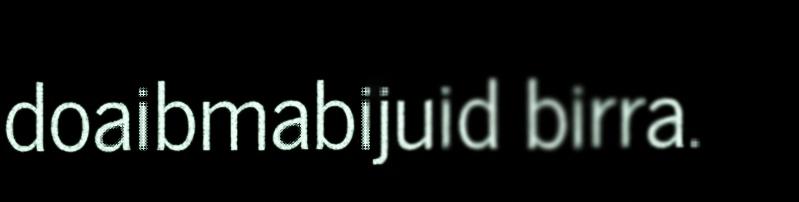
doaibmabijuid birra.